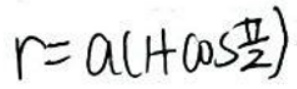
$r = a ( 1 + a \cos \frac { \pi } { 2 } )$